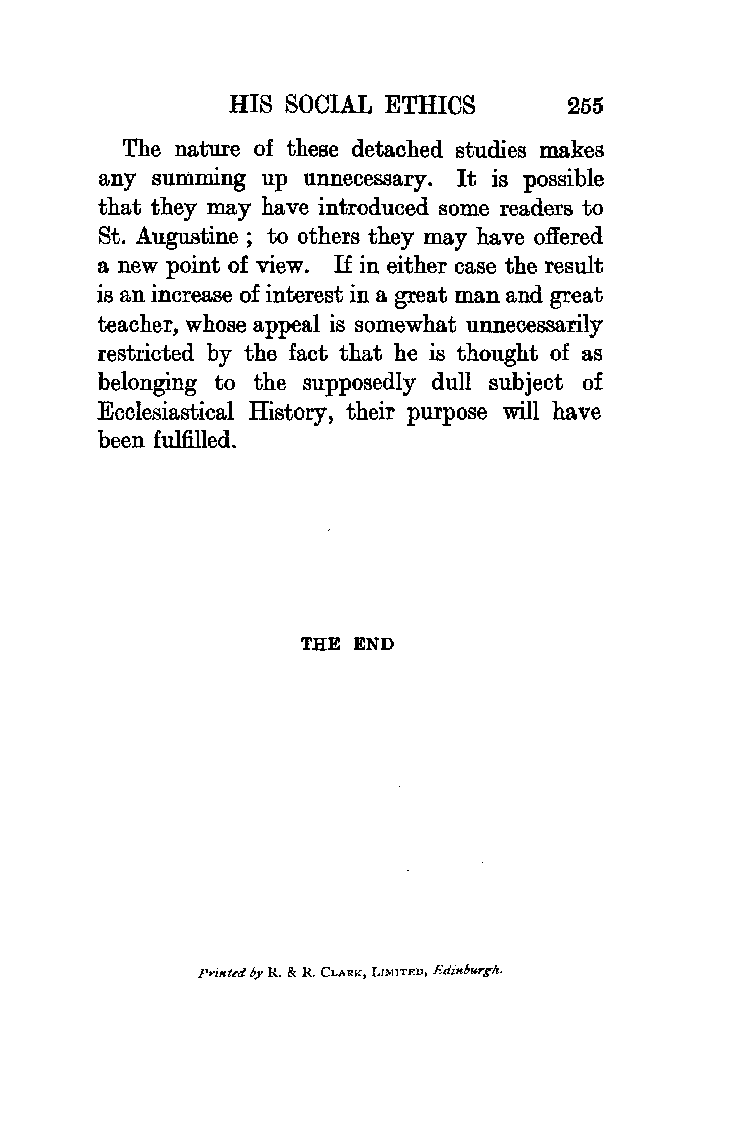
HIS SOCIAL ETHICS     255
 The nature of these detached studies makes
 any summing up unnecessary. It is possible
 that they may have introduced some readers to
 St. Augustine; to others they may have offered
 a new point of view. If in either case the result
 is an increase of interest in a great man and great
 teacher, whose appeal is somewhat unnecessarily
 restricted by the fact that he is thought of as
 belonging to the supposedly dull subject of
 Ecclesiastical History, their purpose will have
 been fulfilled.
 THE END
 Printed b;Y R. & R. CLARK, L1>11TED, Edinbur~lt.